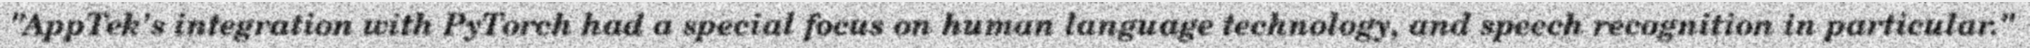
"AppTek's integration with PyTorch had a special focus on human language technology, and speech recognition in particular."